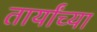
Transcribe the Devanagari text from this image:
तार्यांच्या